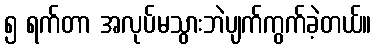
၅ ရက်တာ အလုပ်မသွားဘဲပျက်ကွက်ခဲ့တယ်။